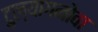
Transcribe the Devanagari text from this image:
टुल्यागनोवा